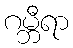
ဂမ္ဘီရာ